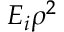
E _ { i } \rho ^ { 2 }